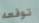
توقعه